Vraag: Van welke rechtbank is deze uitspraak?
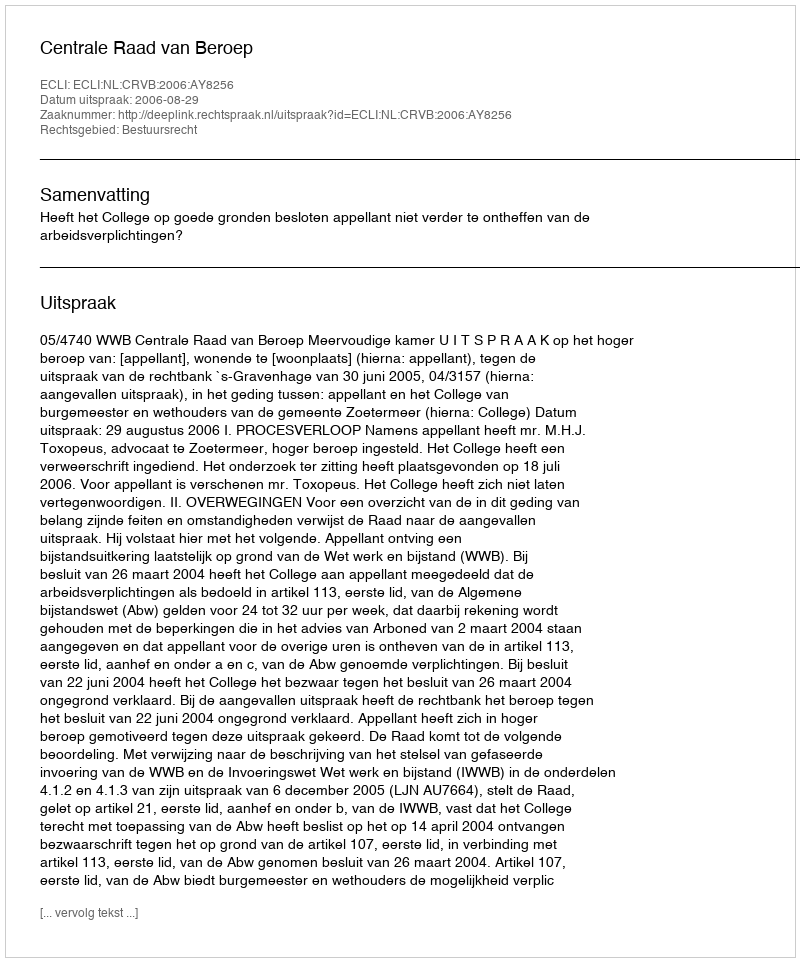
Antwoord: Centrale Raad van Beroep